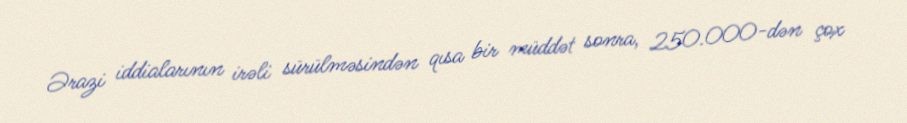
Ərazi iddialarının irəli sürülməsindən qısa bir müddət sonra, 250.000-dən çox